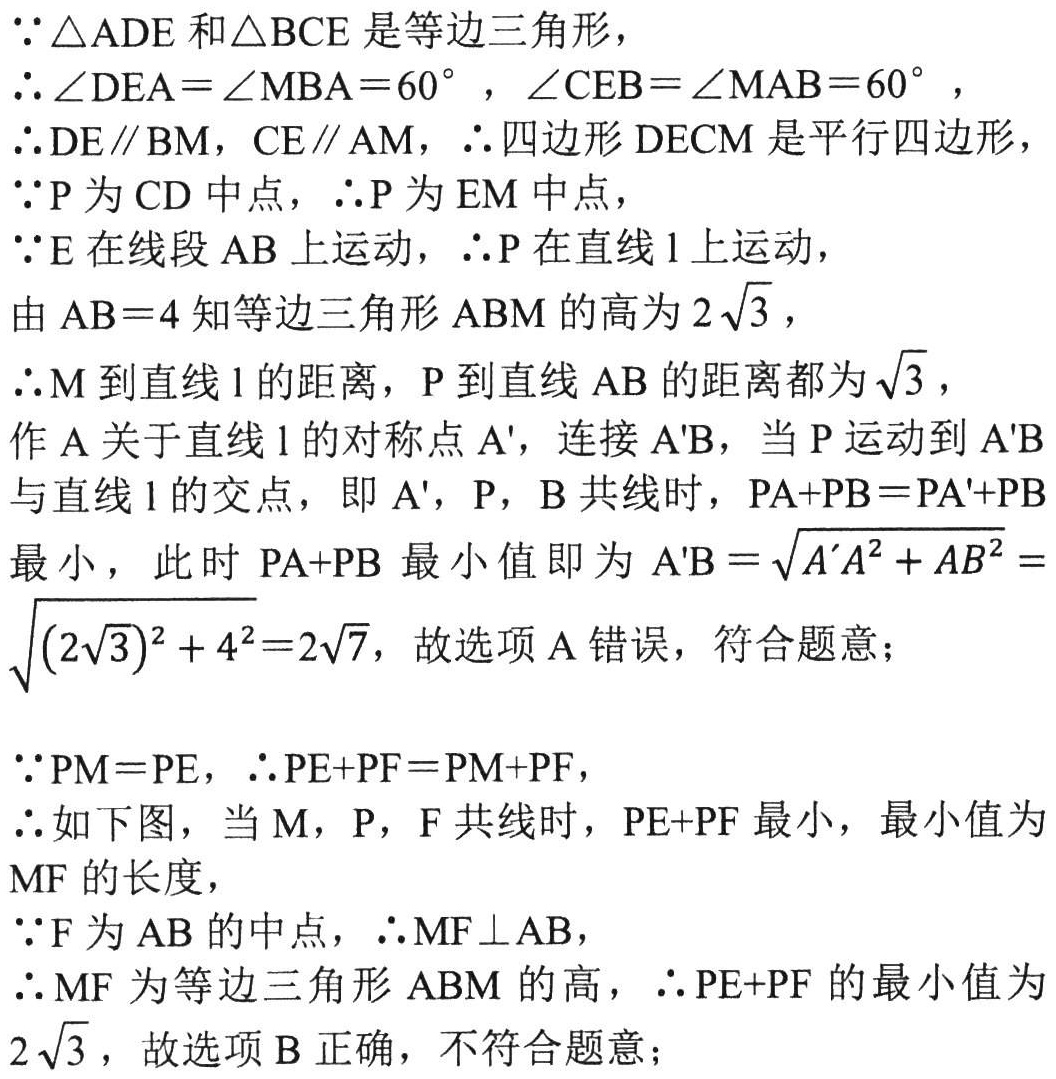
\[
\begin{align*}
&\because \triangle ADE\text{ 和}\triangle BCE\text{ 是等边三角形},\\
&\therefore \angle DEA = \angle MBA = 60^{\circ},\angle CEB=\angle MAB = 60^{\circ},\\
&\therefore DE\parallel BM,CE\parallel AM,\therefore\text{四边形 } DECM\text{ 是平行四边形},\\
&\because P\text{ 为 }CD\text{ 中点},\therefore P\text{ 为 }EM\text{ 中点},\\
&\because E\text{ 在线段 }AB\text{ 上运动},\therefore P\text{ 在直线 }l\text{ 上运动},\\
&\text{由 }AB = 4\text{ 知等边三角形 }ABM\text{ 的高为 }2\sqrt{3},\\
&\therefore M\text{ 到直线 }l\text{ 的距离，}P\text{ 到直线 }AB\text{ 的距离都为 }\sqrt{3},\\
&\text{作 }A\text{ 关于直线 }l\text{ 的对称点 }A',\text{ 连接 }A'B,\text{ 当 }P\text{ 运动到 }A'B\\
&\text{与直线 }l\text{ 的交点，即 }A',P,B\text{ 共线时，}PA + PB=PA'+PB\\
&\text{最小，此时 }PA + PB\text{ 最小值即为 }A'B=\sqrt{A'A^{2}+AB^{2}}=\\
&\sqrt{(2\sqrt{3})^{2}+4^{2}} = 2\sqrt{7},\text{ 故选项A错误，符合题意；}\\
&\because PM = PE,\therefore PE + PF=PM + PF,\\
&\therefore\text{如下图，当 }M,P,F\text{ 共线时，}PE + PF\text{ 最小，最小值为}\\
&MF\text{ 的长度},\\
&\because F\text{ 为 }AB\text{ 的中点},\therefore MF\perp AB,\\
&\therefore MF\text{ 为等边三角形 }ABM\text{ 的高},\therefore PE + PF\text{ 的最小值为}\\
&2\sqrt{3},\text{ 故选项B正确，不符合题意；}
\end{align*}
\]